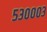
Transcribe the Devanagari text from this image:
५३०००३